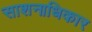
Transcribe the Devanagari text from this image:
साशनाधिकार